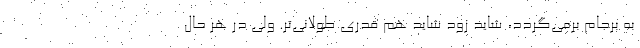
به برجام برمی‌گردد، شاید زود شاید هم قدری طولانی‌تر. ولی در هر حال